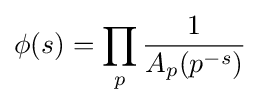
\phi (s)=\prod _{p}{\frac {1}{A_{p}(p^{-s})}}